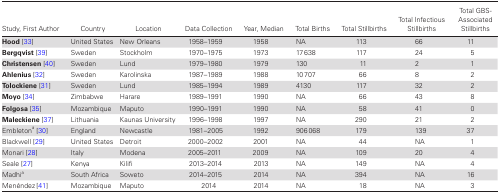
<table><thead><tr><td><b>Study, First Author</b></td><td><b>Country</b></td><td><b>Location</b></td><td><b>Data Collection</b></td><td><b>Year, Median</b></td><td><b>Total Births</b></td><td><b>Total Stillbirths</b></td><td><b>Total Infectious Stillbirths</b></td><td><b>Total GBS-Associated Stillbirths</b></td></tr></thead><tbody><tr><td><b>Hood</b> [33]</td><td>United States</td><td>New Orleans</td><td>1958–1959</td><td>1958</td><td>NA</td><td>113</td><td>66</td><td>11</td></tr><tr><td><b>Bergqvist</b> [39]</td><td>Sweden</td><td>Stockholm</td><td>1970–1975</td><td>1973</td><td>17638</td><td>117</td><td>24</td><td>5</td></tr><tr><td><b>Christensen</b> [40]</td><td>Sweden</td><td>Lund</td><td>1979–1980</td><td>1979</td><td>130</td><td>11</td><td>2</td><td>1</td></tr><tr><td><b>Ahlenius</b> [32]</td><td>Sweden</td><td>Karolinska</td><td>1987–1989</td><td>1988</td><td>10707</td><td>66</td><td>8</td><td>2</td></tr><tr><td><b>Tolockiene</b> [31]</td><td>Sweden</td><td>Lund</td><td>1985–1994</td><td>1989</td><td>4130</td><td>117</td><td>32</td><td>2</td></tr><tr><td><b>Moyo</b> [34]</td><td>Zimbabwe</td><td>Harare</td><td>1989–1991</td><td>1990</td><td>NA</td><td>66</td><td>43</td><td>8</td></tr><tr><td><b>Folgosa</b> [35]</td><td>Mozambique</td><td>Maputo</td><td>1990–1991</td><td>1990</td><td>NA</td><td>58</td><td>41</td><td>0</td></tr><tr><td><b>Maleckiene</b> [37]</td><td>Lithuania</td><td>Kaunas University</td><td>1996–1998</td><td>1997</td><td>NA</td><td>290</td><td>21</td><td>2</td></tr><tr><td>Embleton<sup>a</sup> [30]</td><td>England</td><td>Newcastle</td><td>1981–2005</td><td>1992</td><td>906068</td><td>179</td><td>139</td><td>37</td></tr><tr><td>Blackwell [29]</td><td>United States</td><td>Detroit</td><td>2000–2002</td><td>2001</td><td>NA</td><td>44</td><td>NA</td><td>1</td></tr><tr><td>Monari [28]</td><td>Italy</td><td>Modena</td><td>2005–2011</td><td>2009</td><td>NA</td><td>109</td><td>20</td><td>4</td></tr><tr><td>Seale [27]</td><td>Kenya</td><td>Kilifi</td><td>2013–2014</td><td>2013</td><td>NA</td><td>149</td><td>NA</td><td>4</td></tr><tr><td>Madhi<sup>a</sup></td><td>South Africa</td><td>Soweto</td><td>2014–2015</td><td>2014</td><td>NA</td><td>394</td><td>NA</td><td>16</td></tr><tr><td>Menéndez [41]</td><td>Mozambique</td><td>Maputo</td><td>2014</td><td>2014</td><td>NA</td><td>18</td><td>NA</td><td>3</td></tr></tbody></table>